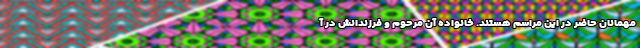
مهمانان حاضر در این مراسم هستند. خانواده آن مرحوم و فرزندانش در آ